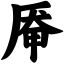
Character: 厣